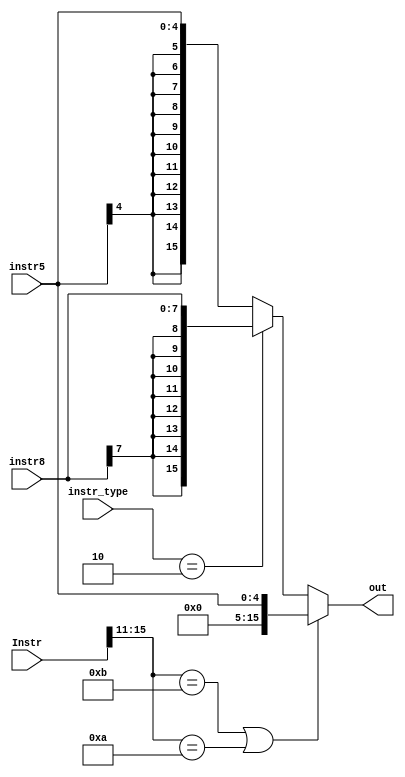
module sign_extend( Instr, instr5, instr8, instr_type, out);

	input [15:0] Instr;
	input [4:0] instr5;
	input [7:0] instr8;
	input [1:0] instr_type;
	output [15:0] out;

	wire is_zero_ext;

	//wire imm;
	//assign imm = (instr_type == 2'b10 || instr_type == 2'b01) ? 1'b1 : 1'b0;

	assign is_zero_ext = (Instr[15:11]==5'b0_1011) | (Instr[15:11]==5'b0_1010);

	assign out = is_zero_ext ? {{11{1'b0}}, instr5} :
			((instr_type == 2'b10)? {{8{instr8[7]}}, instr8} : {{11{instr5[4]}}, instr5});

endmodule